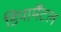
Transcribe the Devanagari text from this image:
डिपार्मेंटल